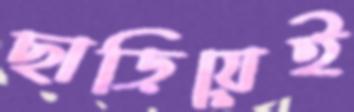
ছাড়িয়েই